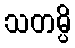
သတမ္ပိ